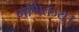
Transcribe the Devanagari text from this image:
गणितज्य।